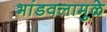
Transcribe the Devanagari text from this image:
भांडवलामुळे